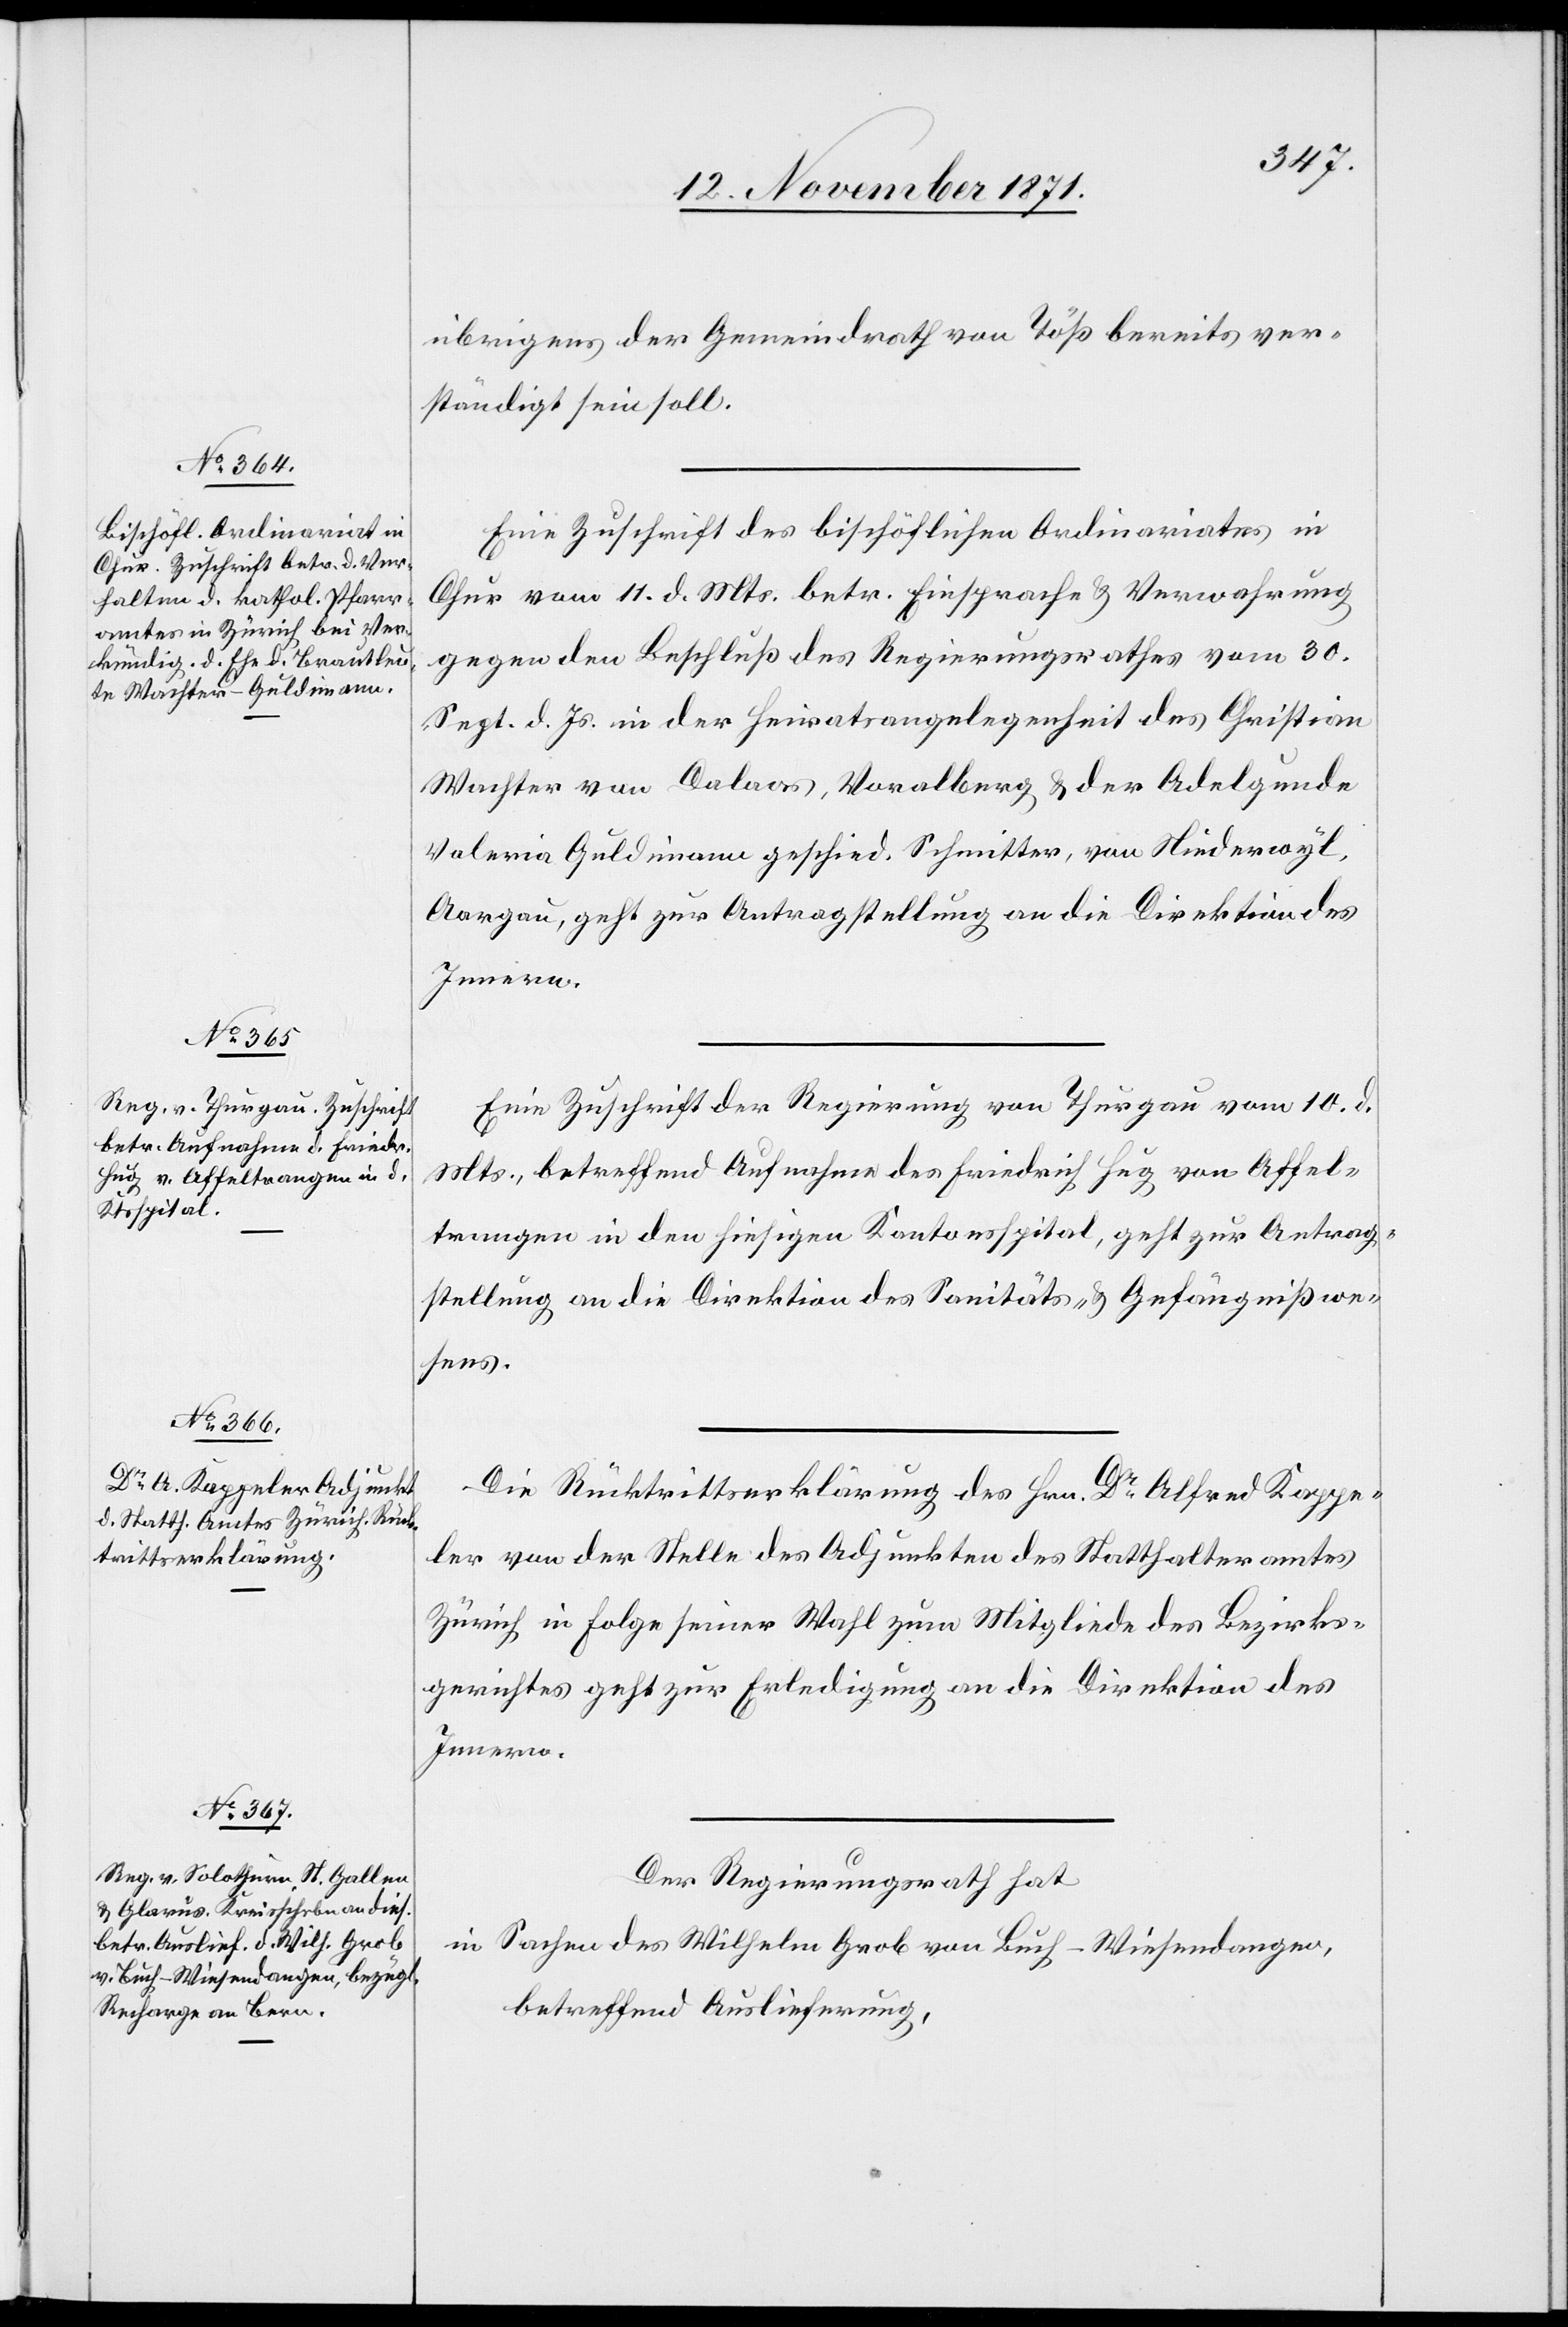
13. November 1871.]
übrigens der Gemeindrath von Töß bereits ver¬
ständigt sein soll.
Eine Zuschrift des bischöflichen Ordinariates in
Chur vom 11. d. Mts. betr. Einsprache & Verwahrung
gegen den Beschluß des Regierungsrathes vom 30.
Sept. d. Js. in der Heiratsangelegenheit des Christian
Wachter von Davos, Voralberg & der Adelgunde
Valeria Guldimann geschied. Schmitter, von Niederwyl,
Aargau, geht zur Antragstellung an die Direktion des
Eine Zuschrift der Regierung von Thurgau vom 10. d.
Mts., betreffend Aufnahme des Friedrich Hug von Affel¬
trangen in den hiesigen Kantonsspital, geht zur Antrag¬
stellung an die Direktion des Sanitäts- & Gefängnißwe¬
sens.
Die Rücktrittserklärung des Hrn. Dr. Alfred Kappe¬
ler von der Stelle des Adjunkten des Statthalteramtes
Zürich in Folge seiner Wahl zum Mitgliede des Bezirks¬
gerichtes geht zur Erledigung an die Direktion des
Innern.
Der Regierungsrath hat
in Sachen des Wilhelm Grob von Buch - Wiesendangen,
betreffend Auslieferung,